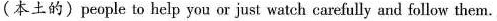
(本土的)people to help you or just watch carefully and follow them.